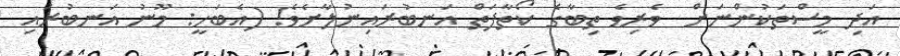
އަދި މީސްތަކުންނަށް  ވެރިވެ ތިބާގެ ކޯތާފަތް އަނބުރައިނުލާށެވެ! (އެބަހީ: މޫނު އަނބުރައި